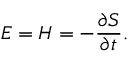
E = H = - { \frac { \partial S } { \partial t } } .